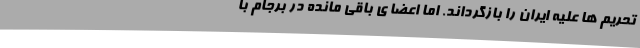
تحریم ها علیه ایران را بازگرداند. اما اعضا ی باقی مانده در برجام با